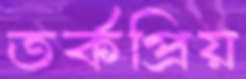
তর্কপ্রিয়